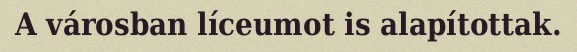
A városban líceumot is alapítottak.